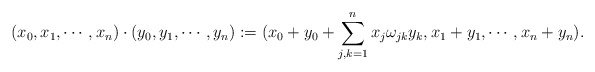
\begin{align*}( x_0, x_1, \cdots, x_n ) \cdot( y_0, y_1, \cdots, y_n ) :=( x_0 + y_0 + \sum_{j,k=1}^n x_j \omega_{jk} y_k, x_1 + y_1, \cdots, x_n + y_n ). \end{align*}